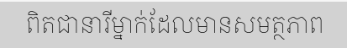
ពិតជានារីម្នាក់ដែលមានសមត្ថភាព